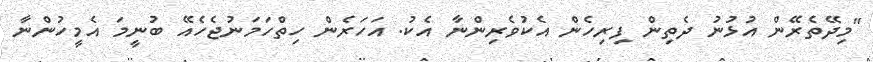
"މިދޭތެރޭން އުޅުނު ދެތިން ފިރިހެން އެކުވެރިންނާ އެކު. އަހަރެން ހިތްހަމަނުޖެހެއޭ ބުނީމަ އެމީހުންނާ